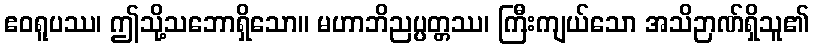
ဧဝရူပဿ၊ ဤသို့သဘောရှိသော။ မဟာဘိညပ္ပတ္တဿ၊ ကြီးကျယ်သော အသိဉာဏ်ရှိသူ၏